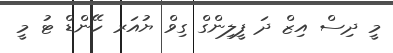
މީ ދިސް އިޒް ދަ ފީލިންގް ގިވް ޔުއަރ ހޭންޑް ޓު މީ